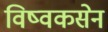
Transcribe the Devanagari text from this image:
विष्वकसेन